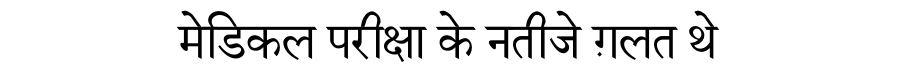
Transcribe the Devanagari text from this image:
मेडिकल परीक्षा के नतीजे ग़लत थे